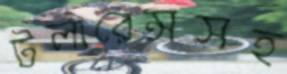
টলারেন্সসহ